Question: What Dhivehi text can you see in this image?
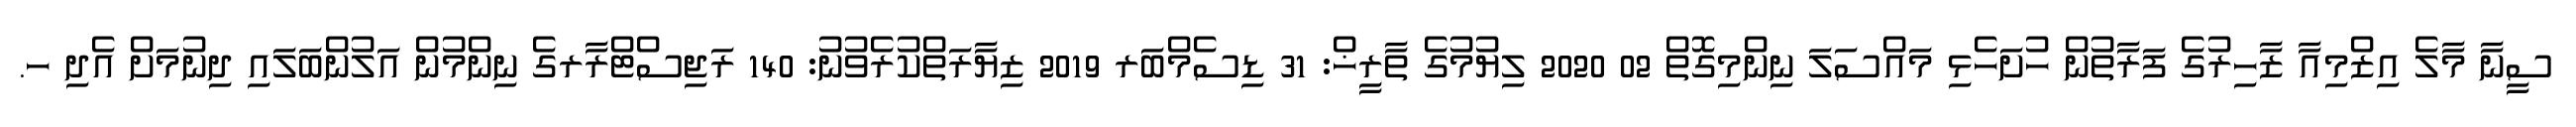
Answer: ސީނާ މާލެ އިޒްމިއާ ޒާހިރުގެ ފަރާތުން ހުށަހެޅި މައްސަލަ ނިންމިގޮތް 02 2020 ލިޔުމުގެ ތާރީޚް: 31 ޑިސެމްބަރ 2019 ޒިޔާރަތްކުރެވުނު: 140 ރަޖިސްޓްރާރގެ ނިންމުން އަލުންބަލައި ދިނުމަށް އެދި ހ.